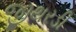
જીથરડી